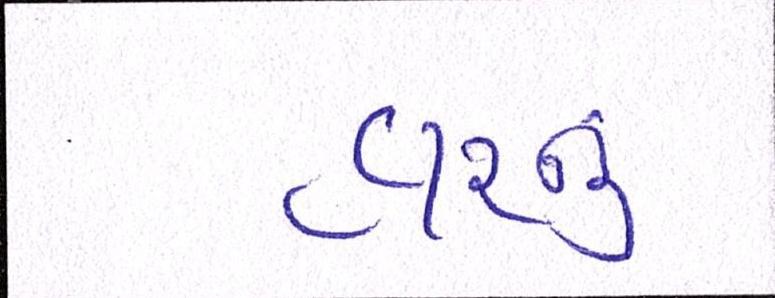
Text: હારનું